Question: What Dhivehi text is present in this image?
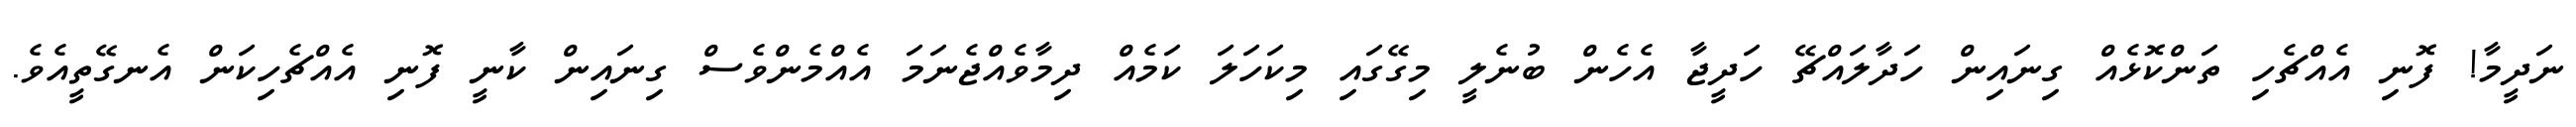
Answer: ނަދީމާ! ފޮނި އެއްޗެހި ތަންކޮޅެއް ގިނައިން ހަދާލައްޗޭ ހަދީޖާ އެހެން ބުނެލީ މިގޭގައި މިކަހަލަ ކަމެއް ދިމާވެއްޖެނަމަ އެއްމެންވެސް ގިނައިން ކާނީ ފޮނި އެއްޗެހިކަން އެނގޭތީއެވެ.